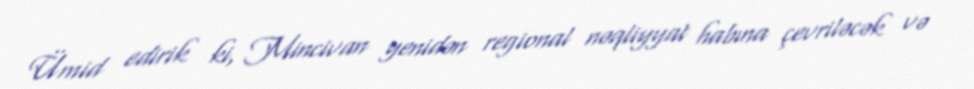
Ümid edirik ki, Mincivan yenidən regional nəqliyyat habına çevriləcək və